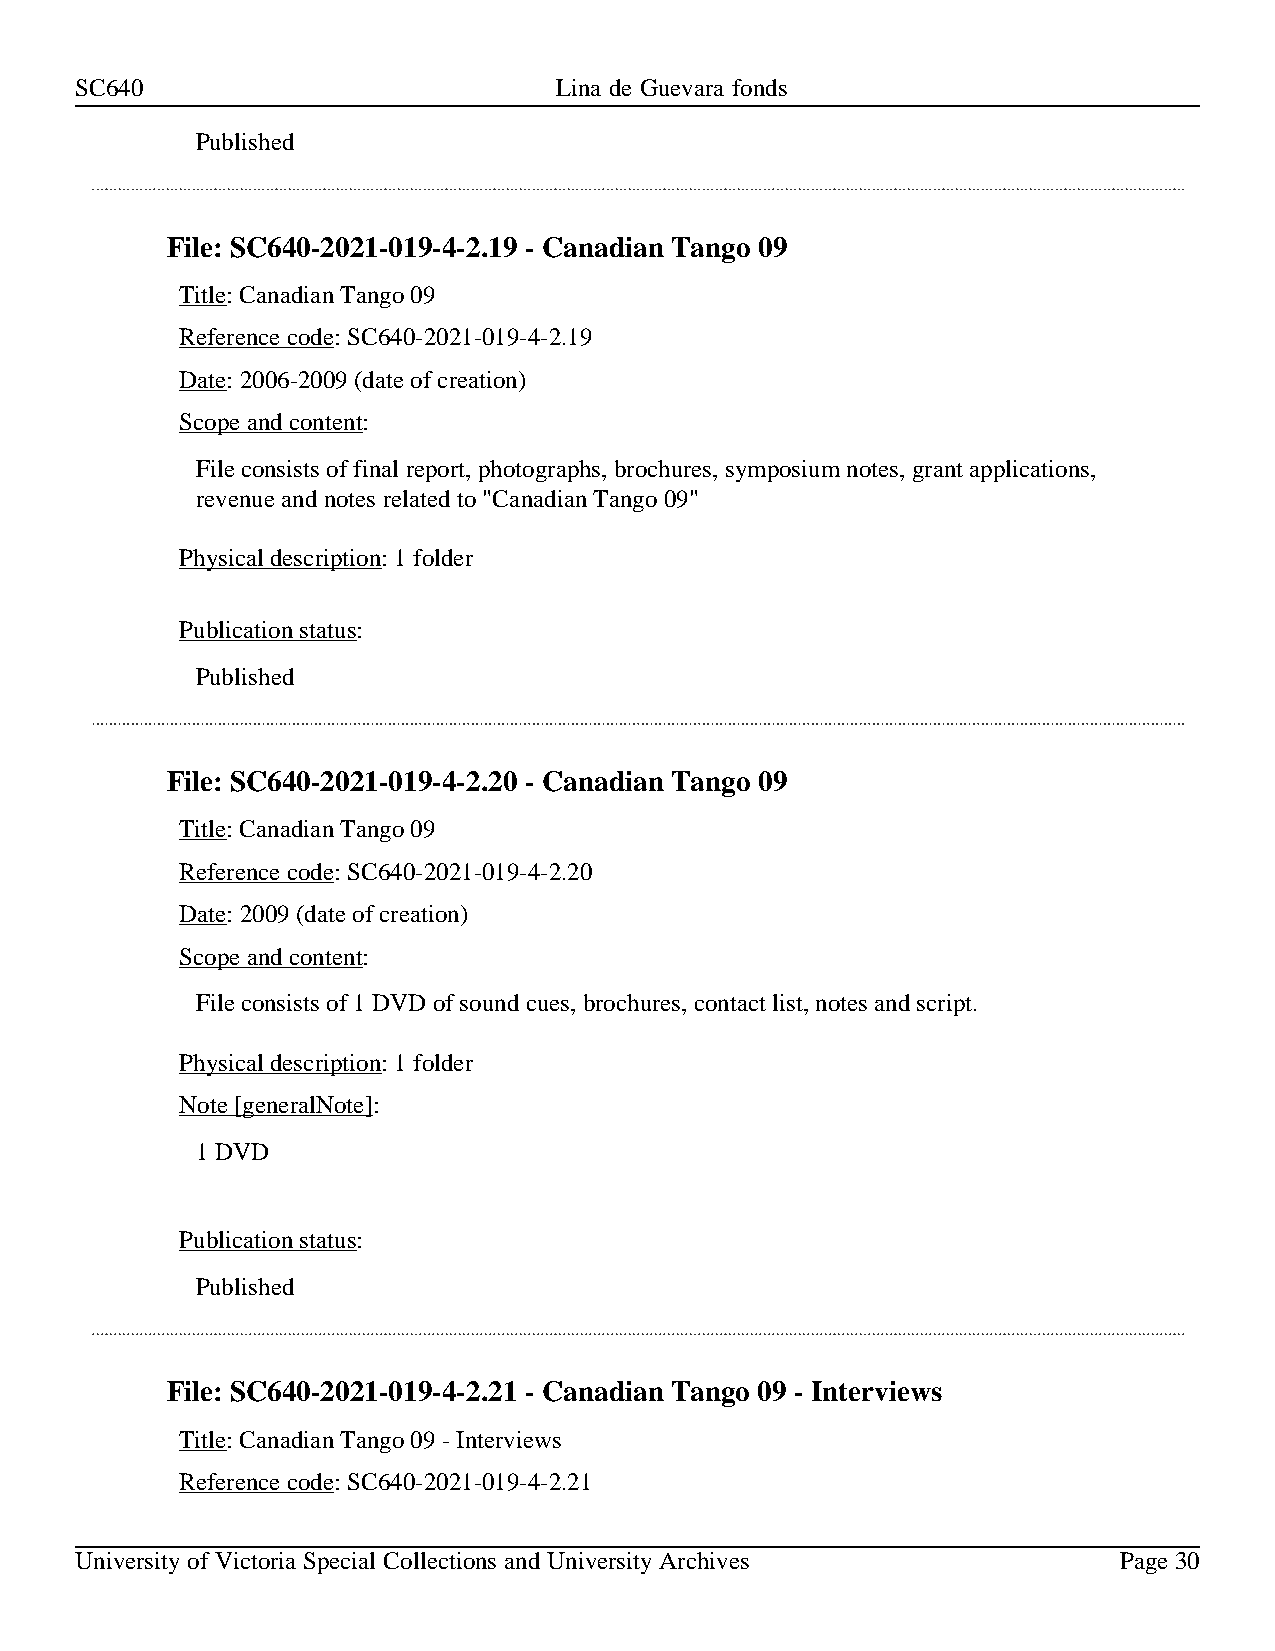
SC640                           Lina de Guevara fonds
 Published
 File: SC640-2021-019-4-2.19 - Canadian Tango 09
 Title: Canadian Tango 09
 Reference code: SC640-2021-019-4-2.19
 Date: 2006-2009 (date of creation)
 Scope and content:
 File consists of final report, photographs, brochures, symposium notes, grant applications,
 revenue and notes related to "Canadian Tango 09"
 Physical description: 1 folder
 Publication status:
 Published
 File: SC640-2021-019-4-2.20 - Canadian Tango 09
 Title: Canadian Tango 09
 Reference code: SC640-2021-019-4-2.20
 Date: 2009 (date of creation)
 Scope and content:
 File consists of 1 DVD of sound cues, brochures, contact list, notes and script.
 Physical description: 1 folder
 Note [generalNote]:
 1 DVD
 Publication status:
 Published
 File: SC640-2021-019-4-2.21 - Canadian Tango 09 - Interviews
 Title: Canadian Tango 09 - Interviews
 Reference code: SC640-2021-019-4-2.21
 University of Victoria Special Collections and University Archives   Page 30